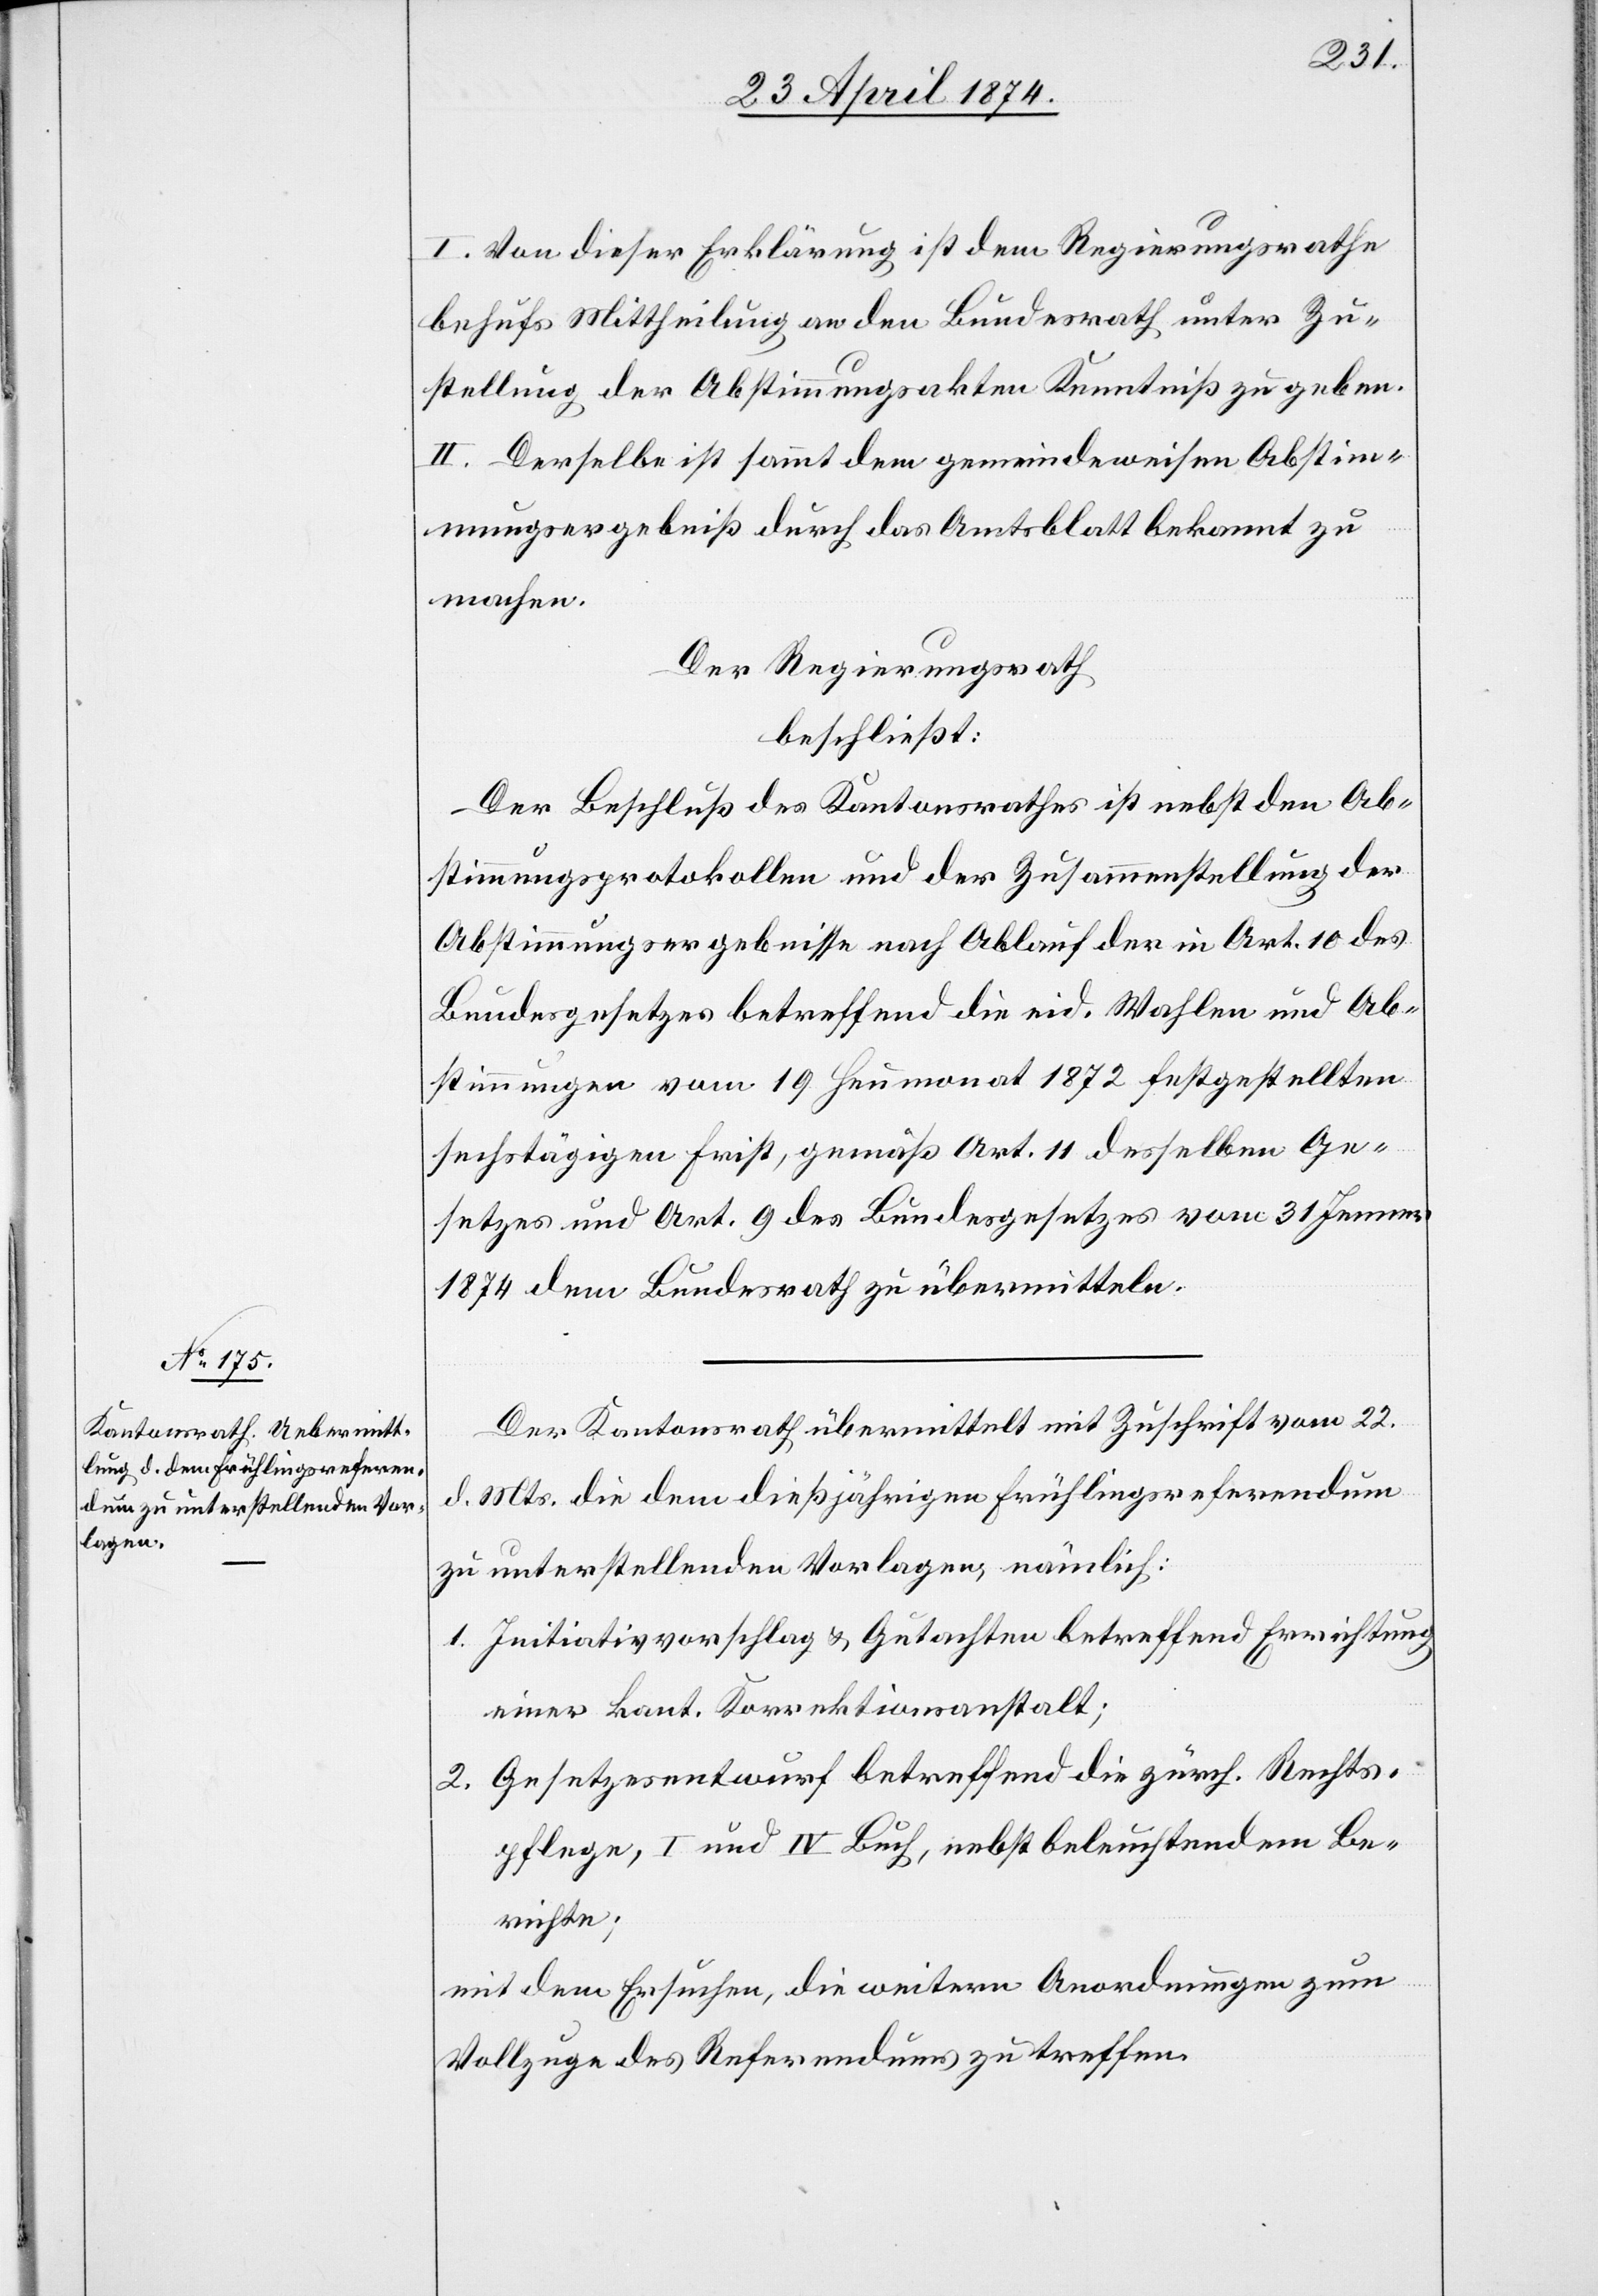
I. Von dieser Erklärung ist dem Regierungsrathe
behufs Mittheilung an den Bundesrath unter Zu¬
stellung der Abstimmungsakten Kenntniß zu geben.
II. Derselbe ist sammt dem gemeindeweisen Abstim¬
mungsergebniß durch das Amtsblatt bekannt zu
machen.
Der Regierungsrath
beschließt:
Der Beschluß des Kantonsrathes ist nebst den Ab¬
stimmungsprotokollen und der Zusammenstellung der
Abstimmungsergebnisse nach Ablauf der in Art. 10 des
Bundesgesetzes betreffend die eid. Wahlen und Ab¬
stimmungen vom 19. Heumonat 1872 festgestellten
sechstägigen Frist, gemäß Art. 11 desselben Ge¬
setzes und Art. 9 des Bundesgesetzes vom 31. Jenner
1874 dem Bundesrath zu übermitteln.
Der Kantonsrath übermittelt mit Zuschrift vom 22.
d. Mts. die dem dießjährigen Frühlingsreferendum
zu unterstellenden Vorlagen, nämlich:
1. Initiativvorschlag u. Gutachten betreffend Errichtung
einer kant. Korrektionsanstalt;
2. Gesetzesentwurf betreffend die zürch. Rechts¬
pflege, I und IV Buch, nebst beleuchtendem Be¬
richte;
mit dem Ersuchen, die weitere Anordnungen zum
Vollzuge des Referendums zu treffen[.]